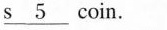
\underline{s5}coin.